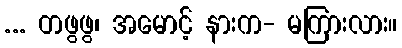
... တဖွဖွ၊ အမောင့် နားက- မကြားလား။